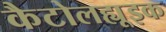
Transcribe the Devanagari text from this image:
कैटोलह्यूइक